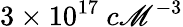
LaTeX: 3\times10^{17}~c\mathscr{M}^{-3}